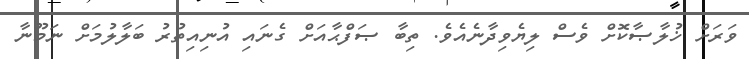
ވަރަށް ޚުލާޞާކޮށް ވެސް ލިޔެވިދާނެއެވެ. ތިބާ ޞަފްޙާއަށް ގެނައި އުނިއިތުރު ބަލާލުމަށް ނަމޫނާ